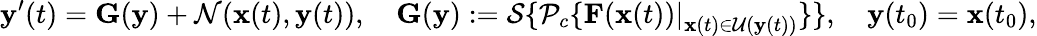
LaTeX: \mathbf{y}^{\prime}(t)=\mathbf{G}(\mathbf{y})+\mathcal{N}(\mathbf{x}(t),\mathbf{y}(t)),\quad\mathbf{G}(\mathbf{y}):=\mathcal{S}\{ \mathcal{P}_{c}\{ \left.\mathbf{F}(\mathbf{x}(t))\right|_{\mathbf{x}(t)\in\mathcal{U}(\mathbf{y}(t))}\} \} ,\quad\mathbf{y}(t_{0})=\mathbf{x}(t_{0}),